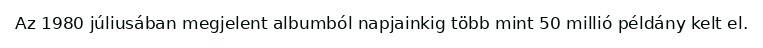
Az 1980 júliusában megjelent albumból napjainkig több mint 50 millió példány kelt el.